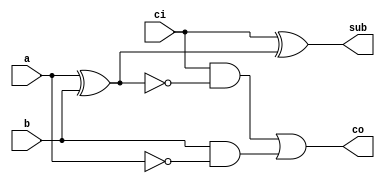
//Subtrator de 3bits (Sem verificao de overflow)
//Usando circuito de subtrao
//Wadson Ferreira
//460631

module Sub1(output sub, output co, input ci, input a, input b);
	wire xora, anda, andb,notxora,nota;
	xor X1(xora,a,b);
	xor X2(sub,ci,xora);
	not N1(notxora,xora);
	and A1(anda,ci,notxora);
	not N2(nota,a);
	and A2(andb,b,nota);
	or  O1(co,anda,andb);
endmodule

module Sub3(output[2:0] s, output co, input ci, input[2:0] a, input[2:0] b);
	wire co0, co1;
	Sub1 S1(s[0],co0,ci,a[0],b[0]);
	Sub1 S2(s[1],co1,co0,a[1],b[1]);
	Sub1 S3(s[2],co,co1,a[2],b[2]);
endmodule

module teste;
	wire[2:0] subtracao;
	wire co;
	reg[2:0] entradaA, entradaB;
	reg ci;
	Sub3 SA(subtracao,co,ci,entradaA,entradaB);
	initial begin
	$display("Subtrator");
	#1 entradaA=3'b000; entradaB=3'b000; ci=1'b0;
	#1 $monitor("A=%3b B=%3b RESULTADO=%3b",entradaA,entradaB,subtracao);
	#1 entradaA=3'b100; entradaB=3'b010;
	#1 entradaA=3'b111; entradaB=3'b000;
	#1 entradaA=3'b111; entradaB=3'b111; 
	#1 entradaA=3'b000; entradaB=3'b001; 
	#1 entradaA=3'b000; entradaB=3'b111; 
	#1 entradaA=3'b111; entradaB=3'b111; 
	#1 entradaA=3'b011; entradaB=3'b011; 
	#1 entradaA=3'b001; entradaB=3'b001; 
	#1 entradaA=3'b100; entradaB=3'b100; 
	end
endmodule